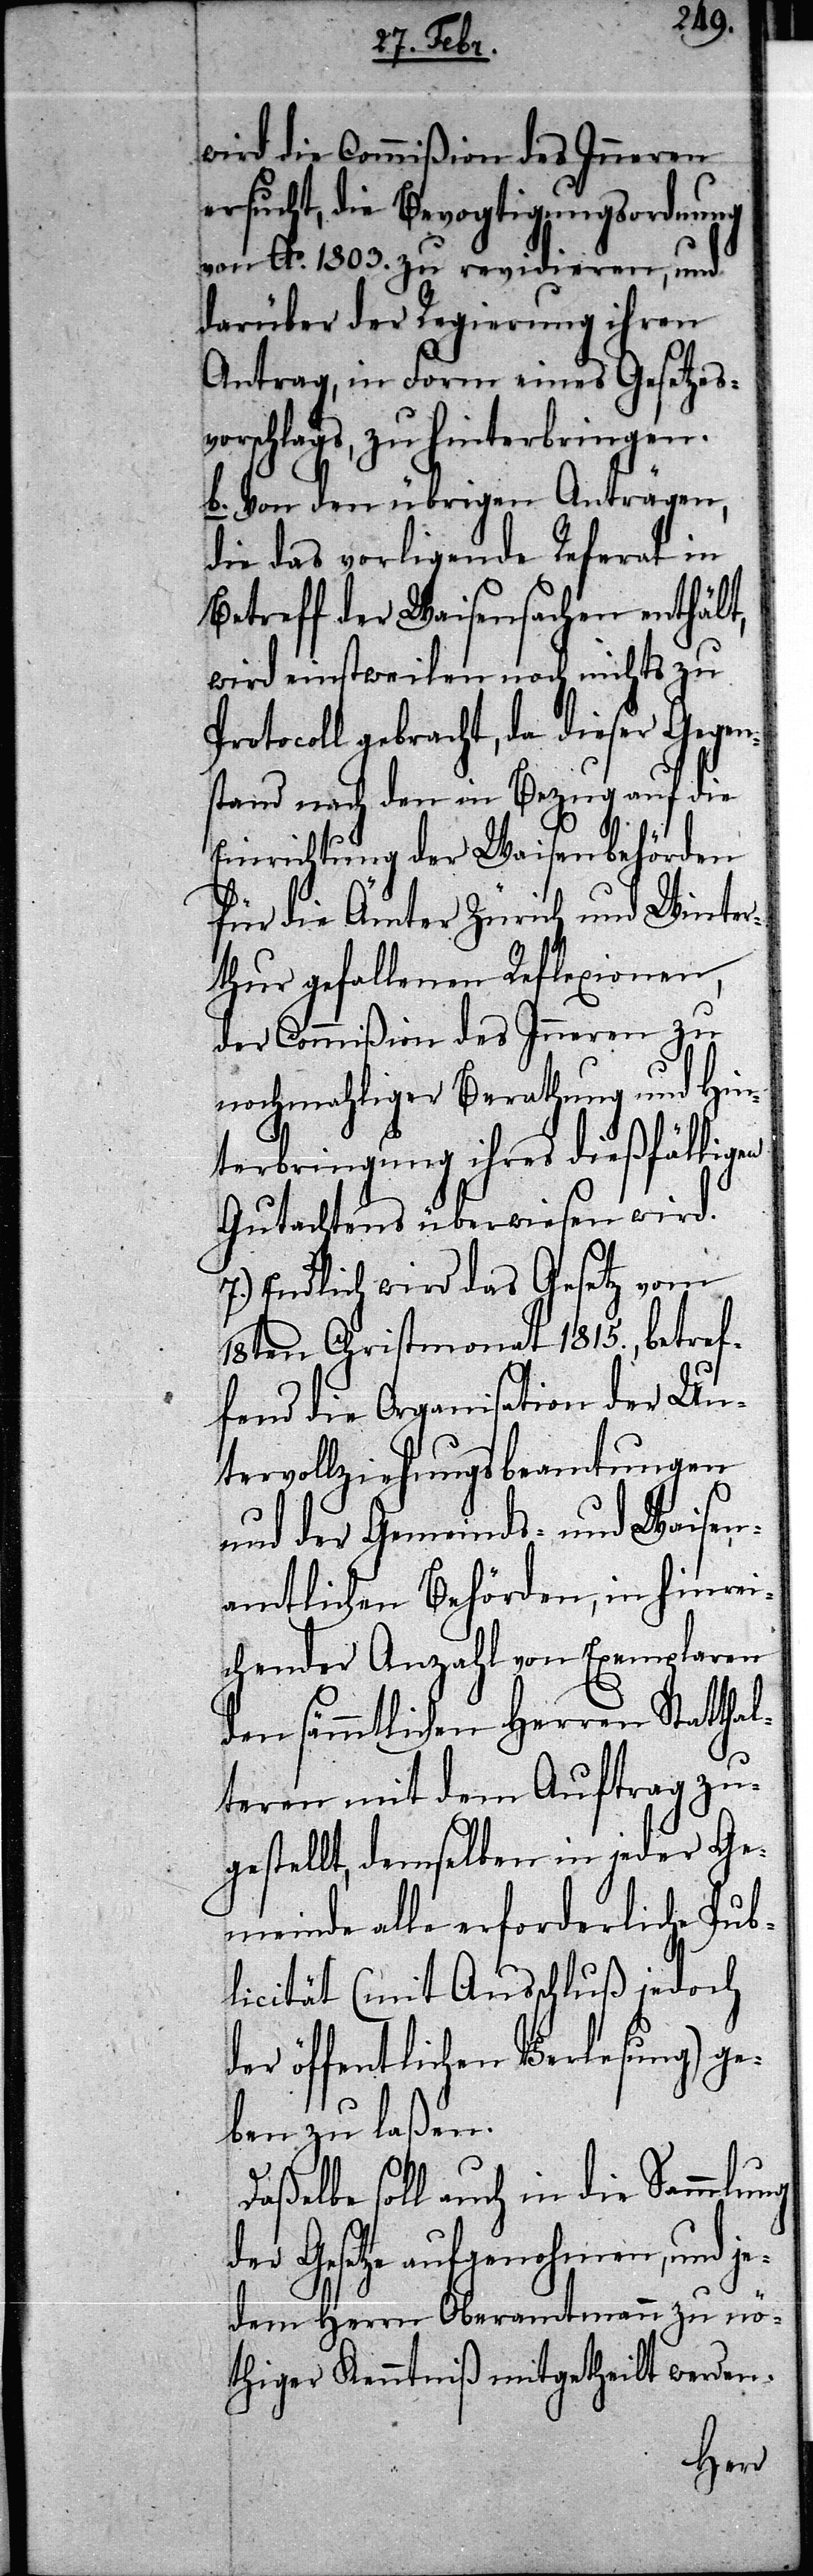
wird die Commißion des Inneren
ersucht, die Bevogtigungsordnung
von Ao. 1803. zu revidieren, und
darüber der Regierung ihren
Antrag, in Form eines Gesetzes¬
vorschlags, zu hinterbringen.
b. Von den übrigen Anträgen,
die das vorligende Referat in
Betreff der Waisensachen enthält,
wird einstweilen noch nichts zu
Protocoll gebracht, da dieser Gegen¬
stand nach den in Bezug auf die
Einrichtung der Waisenbehörden
für die Ämter Zürich und Winter¬
thur gefallenen Reflexionen,
der Commißion des Inneren zu
nochmahliger Berathung und Hin¬
terbringung ihres dießfälligen
Gutachtens überwiesen wird.
7.) Endlich wird das Gesetz vom
18ten Christmonat 1815., betref¬
fend die Organisation der Un¬
tervollziehungsbeamtungen
und der Gemeinds- und Waisen¬
amtlichen Behörden, in hinrei¬
chender Anzahl von Exemplaren
den sämmtlichen Herren Statthal¬
teren mit dem Auftrag zu¬
gestellt, demselben in jeder Ge¬
meinde alle erforderliche Pub¬
licität (mit Ausschluß jedoch
der öffentlichen Verlesung) ge¬
ben zu laßen.
Daßelbe soll auch in die Sammlung
der Gesetze aufgenohmen, und je¬
dem Herrn Oberamtmann zu nö¬
thiger Kenntniß mitgetheilt werden.